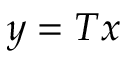
y = T x